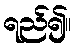
ရည်၍။